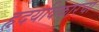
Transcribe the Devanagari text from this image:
हृदयविकारचा